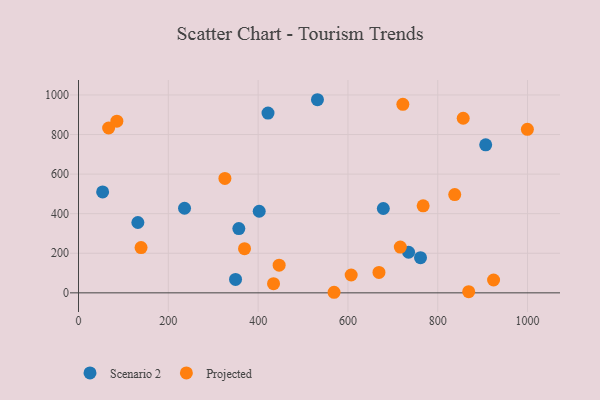
{"axis": {"x": "Engine Size", "y": "Fuel Efficiency"}, "legend": ["Projected", "Scenario 2"], "data": [{"x": "402.4", "y": 412.4, "type": "Scenario 2"}, {"x": "678.8", "y": 426.3, "type": "Scenario 2"}, {"x": "735.1", "y": 205.2, "type": "Scenario 2"}, {"x": "422.0", "y": 908.1, "type": "Scenario 2"}, {"x": "906.8", "y": 747.7, "type": "Scenario 2"}, {"x": "236.1", "y": 427.4, "type": "Scenario 2"}, {"x": "53.7", "y": 510.1, "type": "Scenario 2"}, {"x": "132.2", "y": 355.4, "type": "Scenario 2"}, {"x": "761.6", "y": 177.5, "type": "Scenario 2"}, {"x": "349.7", "y": 67.8, "type": "Scenario 2"}, {"x": "357.0", "y": 324.6, "type": "Scenario 2"}, {"x": "532.1", "y": 975.8, "type": "Scenario 2"}, {"x": "716.6", "y": 231.1, "type": "Projected"}, {"x": "722.3", "y": 952.8, "type": "Projected"}, {"x": "856.7", "y": 882.2, "type": "Projected"}, {"x": "868.9", "y": 6.1, "type": "Projected"}, {"x": "139.3", "y": 229.0, "type": "Projected"}, {"x": "369.7", "y": 223.0, "type": "Projected"}, {"x": "434.3", "y": 46.6, "type": "Projected"}, {"x": "67.1", "y": 833.0, "type": "Projected"}, {"x": "446.8", "y": 140.0, "type": "Projected"}, {"x": "85.4", "y": 867.3, "type": "Projected"}, {"x": "837.8", "y": 496.6, "type": "Projected"}, {"x": "999.6", "y": 826.3, "type": "Projected"}, {"x": "326.0", "y": 578.2, "type": "Projected"}, {"x": "767.5", "y": 439.9, "type": "Projected"}, {"x": "569.1", "y": 2.9, "type": "Projected"}, {"x": "669.1", "y": 103.0, "type": "Projected"}, {"x": "607.2", "y": 90.3, "type": "Projected"}, {"x": "924.3", "y": 65.0, "type": "Projected"}]}